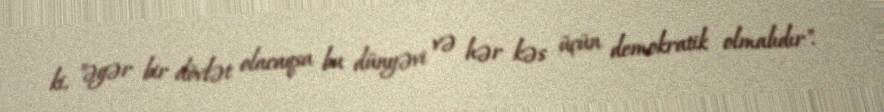
ki, "əgər bir dövlət olacaqsa bu dünyəvi və hər kəs üçün demokratik olmalıdır".